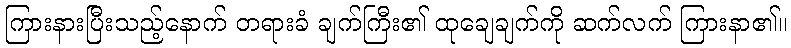
ကြားနားပြီးသည့်နောက် တရားခံ ချက်ကြီး၏ ထုချေချက်ကို ဆက်လက် ကြားနာ၏။